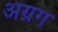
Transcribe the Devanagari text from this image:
अग्रग